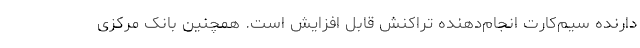
دارنده سیم‌کارت انجام‌دهنده تراکنش قابل افزایش است. همچنین بانک مرکزی